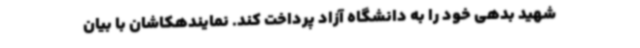
شهید بدهی خود را به دانشگاه آزاد پرداخت کند. نمایندهکاشان با بیان